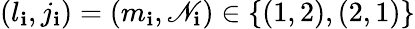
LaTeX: (l_{\mathbf{i}},j_{\mathbf{i}})=(m_{\mathbf{i}},\mathscr{N}_{\mathbf{i}})\in\{ (1,2),(2,1)\}